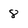
Character: 8